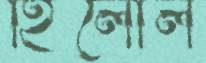
হিলোল